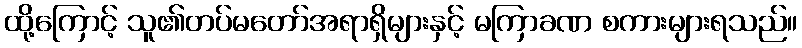
ထို့ကြောင့် သူ၏တပ်မတော်အရာရှိများနှင့် မကြာခဏ စကားများရသည်။